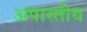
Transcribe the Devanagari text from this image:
अपास्तीय